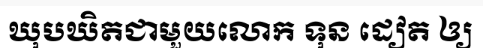
ឃុបឃិតជាមួយលោក ទុន ដៀត ឲ្យ